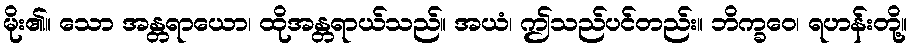
မိုး၏။ သော အန္တရာယော၊ ထိုအန္တရာယ်သည်။ အယံ၊ ဤသည်ပင်တည်း။ ဘိက္ခဝေ၊ ရဟန်းတို့။